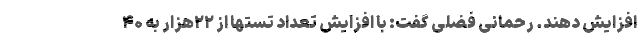
افزایش دهند. رحمانی فضلی گفت: با افزایش تعداد تستها از ۲۲هزار به ۴۰